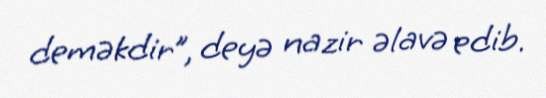
deməkdir”, deyə nazir əlavə edib.